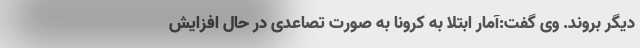
دیگر بروند. وی گفت:آمار ابتلا به کرونا به صورت تصاعدی در حال افزایش